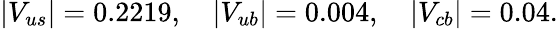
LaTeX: |V_{us}|=0.2219,\quad|V_{ub}|=0.004,\quad|V_{cb}|=0.04.